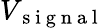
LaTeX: V_{\mathrm{~s~i~g~n~a~l~}}